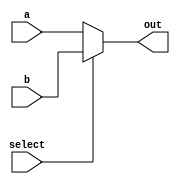
module FullMux(
	input [31:0] a, b,
	input select,
	output [31:0] out
	);

	assign out = (select == 0) ?  a : b;

endmodule